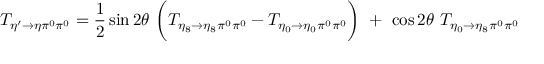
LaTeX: T _ { \eta ^ { \prime } \rightarrow \eta \pi ^ { 0 } \pi ^ { 0 } } = \frac { 1 } { 2 } \sin { 2 \theta } \ \biggl ( T _ { \eta _ { 8 } \rightarrow \eta _ { 8 } \pi ^ { 0 } \pi ^ { 0 } } - T _ { \eta _ { 0 } \rightarrow \eta _ { 0 } \pi ^ { 0 } \pi ^ { 0 } } \biggr ) \ + \ \cos 2 \theta \ T _ { \eta _ { 0 } \rightarrow \eta _ { 8 } \pi ^ { 0 } \pi ^ { 0 } }